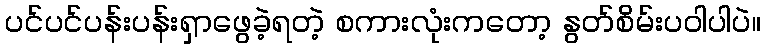
ပင်ပင်ပန်းပန်းရှာဖွေခဲ့ရတဲ့ စကားလုံးကတော့ နွတ်စိမ်းပဝါပါပဲ။